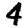
Digit: 4